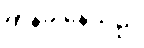
တုန်ခါနေသည်